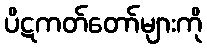
ပိဋကတ်တော်များကို